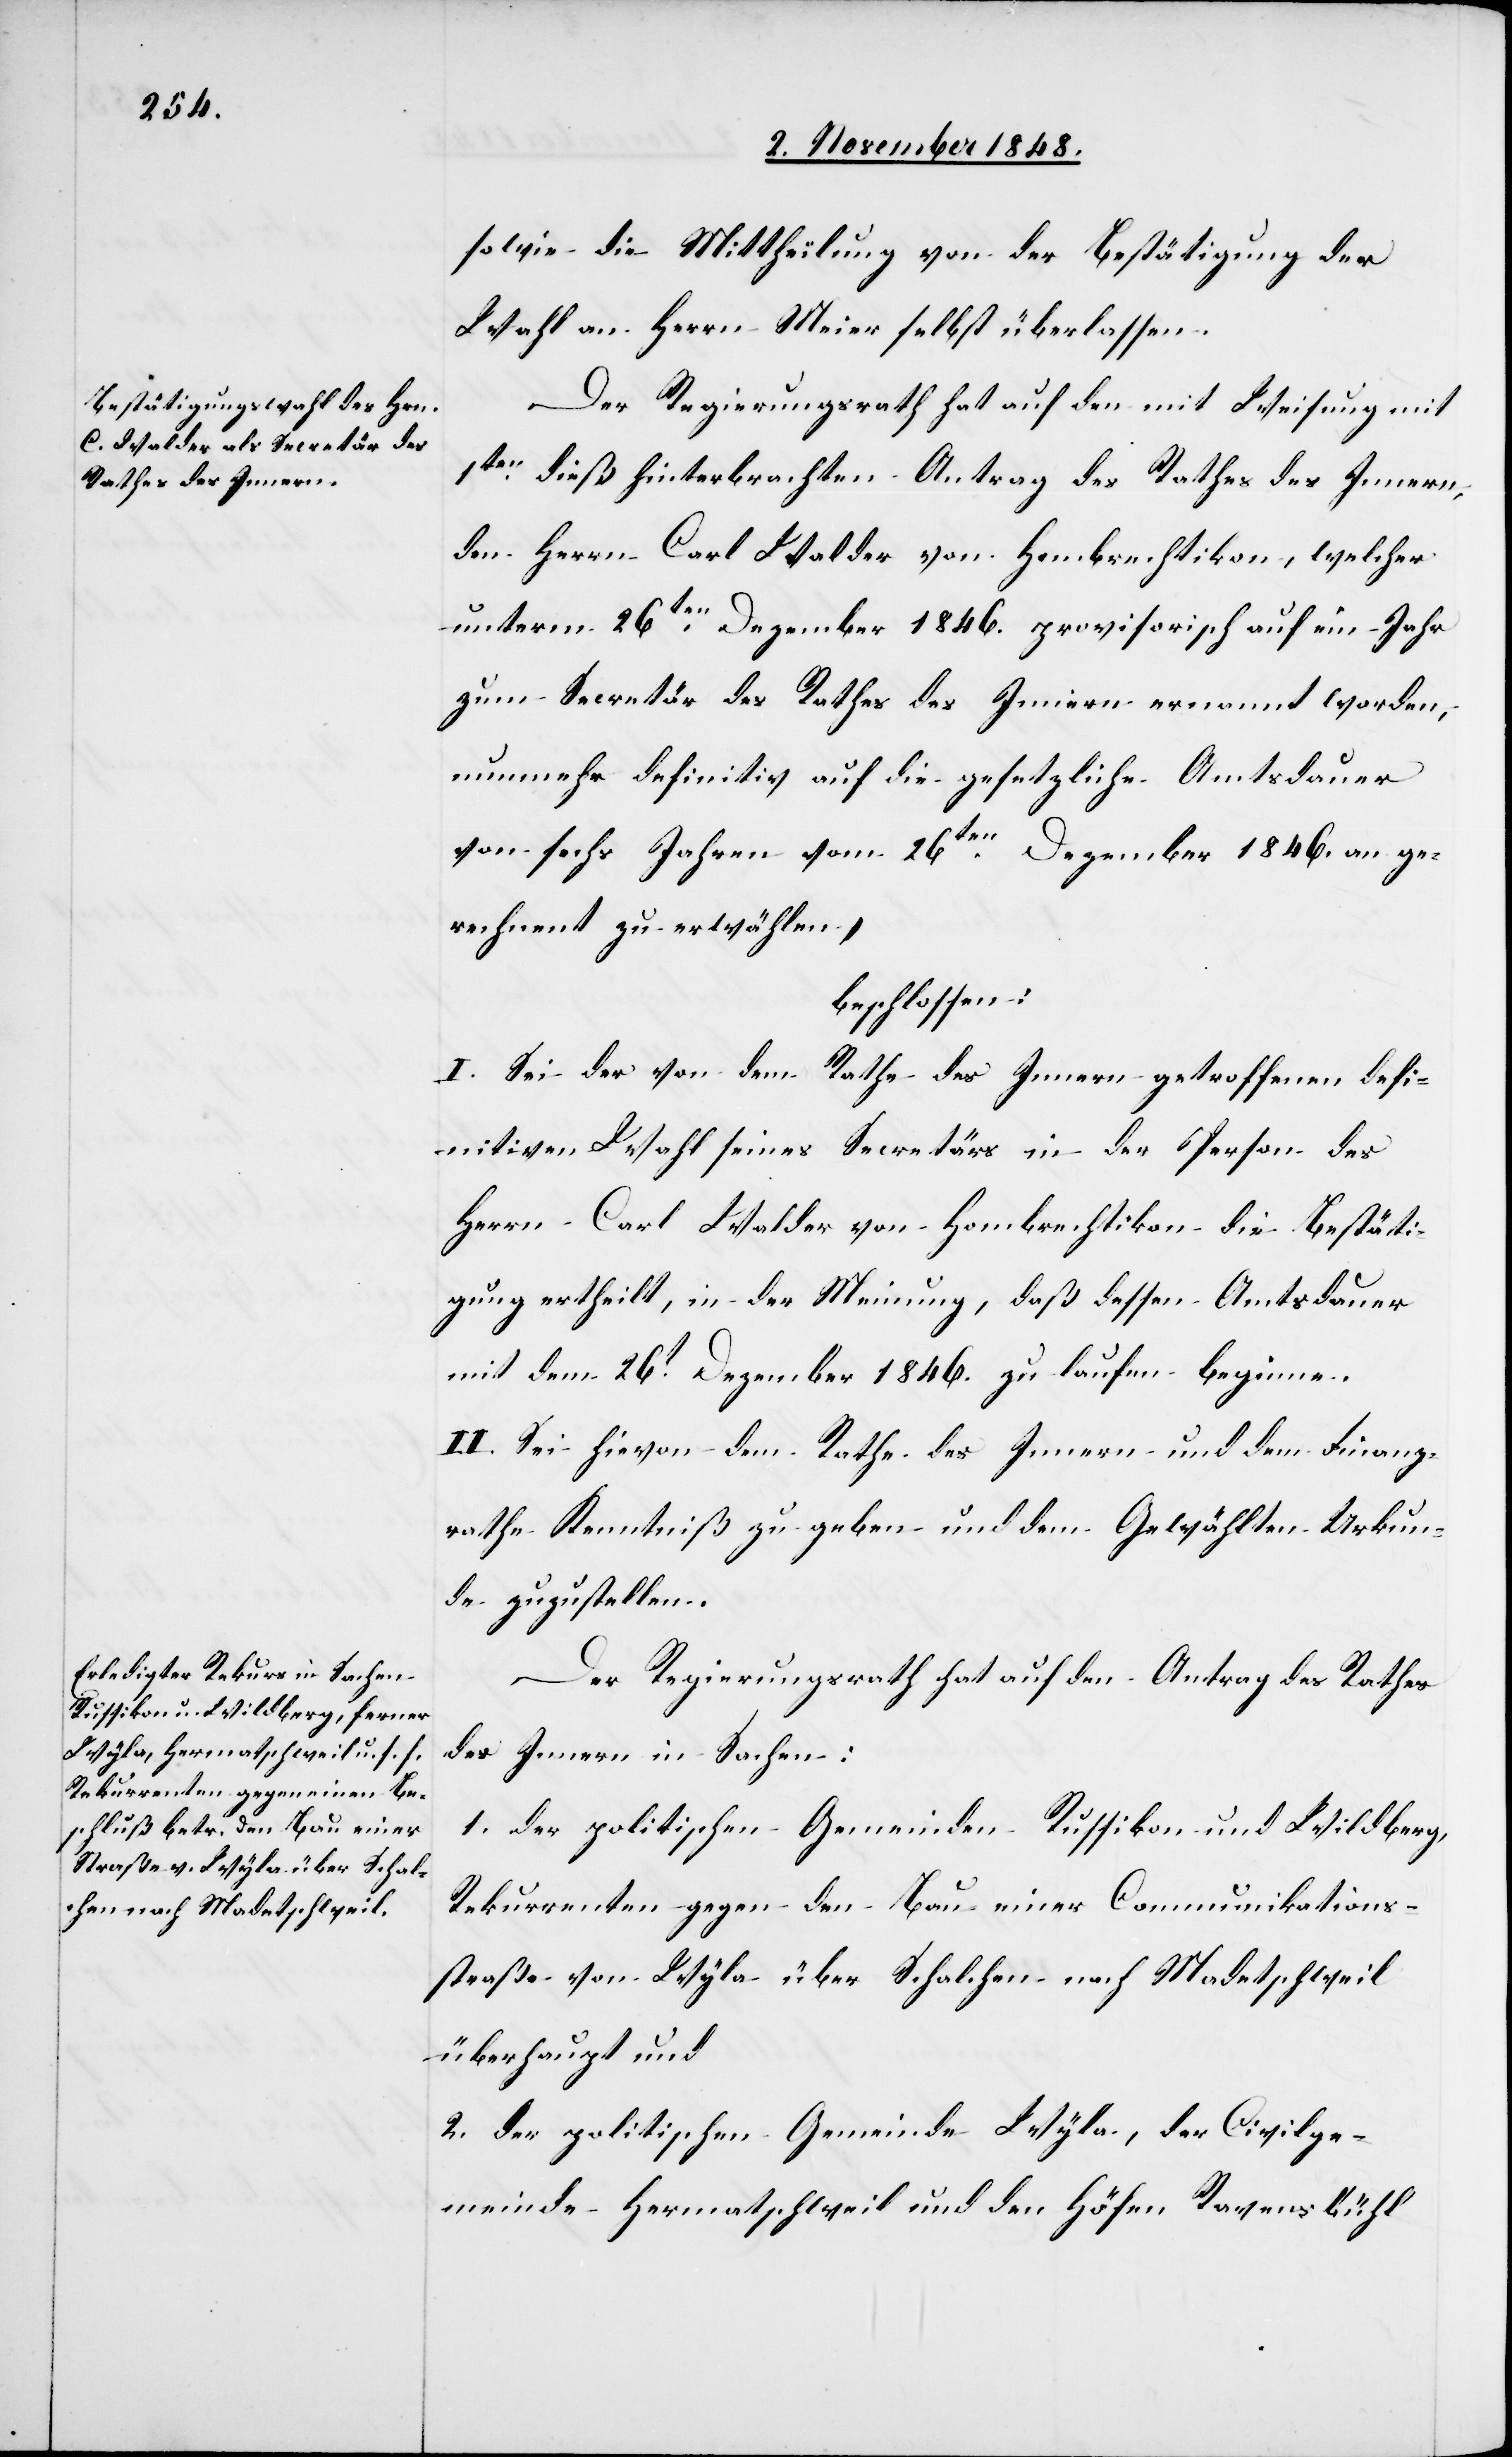
sowie die Mittheilung von der Bestätigung der
Wahl an Herrn Meier selbst überlassen.
Der Regierungsrath hat auf den mit Weisung mit
1ten dieß hinterbrachten Antrag des Rathes des Innern,
den Herrn Carl Walder von Hombrechtikon, welcher
unterm 26ten Dezember 1846. provisorisch auf ein Jahr
zum Secretär des Rathes des Innern ernannt worden,
nunmehr definitiv auf die gesetzliche Amtsdauer
von sechs Jahren vom 26ten Dezember 1846. an ge¬
rechnet zu erwählen,
beschlossen:
I. Sei der von dem Rathe des Innern getroffenen defi¬
nitiven Wahl eines Secretärs in der Person des
Herrn Carl Walder von Hombrechtikon die Bestäti¬
gung ertheilt, in der Meinung, daß dessen Amtsdauer
mit dem 26t Dezember 1846. zu laufen beginne.
II. Sei hievon dem Rathe des Innern und dem Finanz¬
rathe Kenntniß zu geben und dem Gewählten Urkun¬
de zuzustellen.
Der Regierungsrath hat auf den Antrag des Rathes
des Innern in Sachen:
1. der politischen Gemeinden Russikon und Wildberg,
Rekurrenten gegen den Bau einer Communikations¬
straße von Wyla über Schalchen nach Madetschweil
überhaupt und
2. der politischen Gemeinde Wyla, der Civilge¬
meinde Hermatschweil und den Höfen Ravensbühl